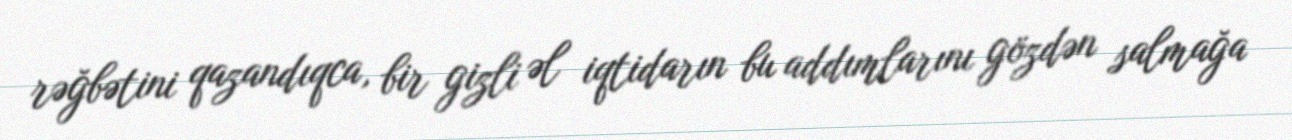
rəğbətini qazandıqca, bir gizli əl iqtidarın bu addımlarını gözdən salmağa